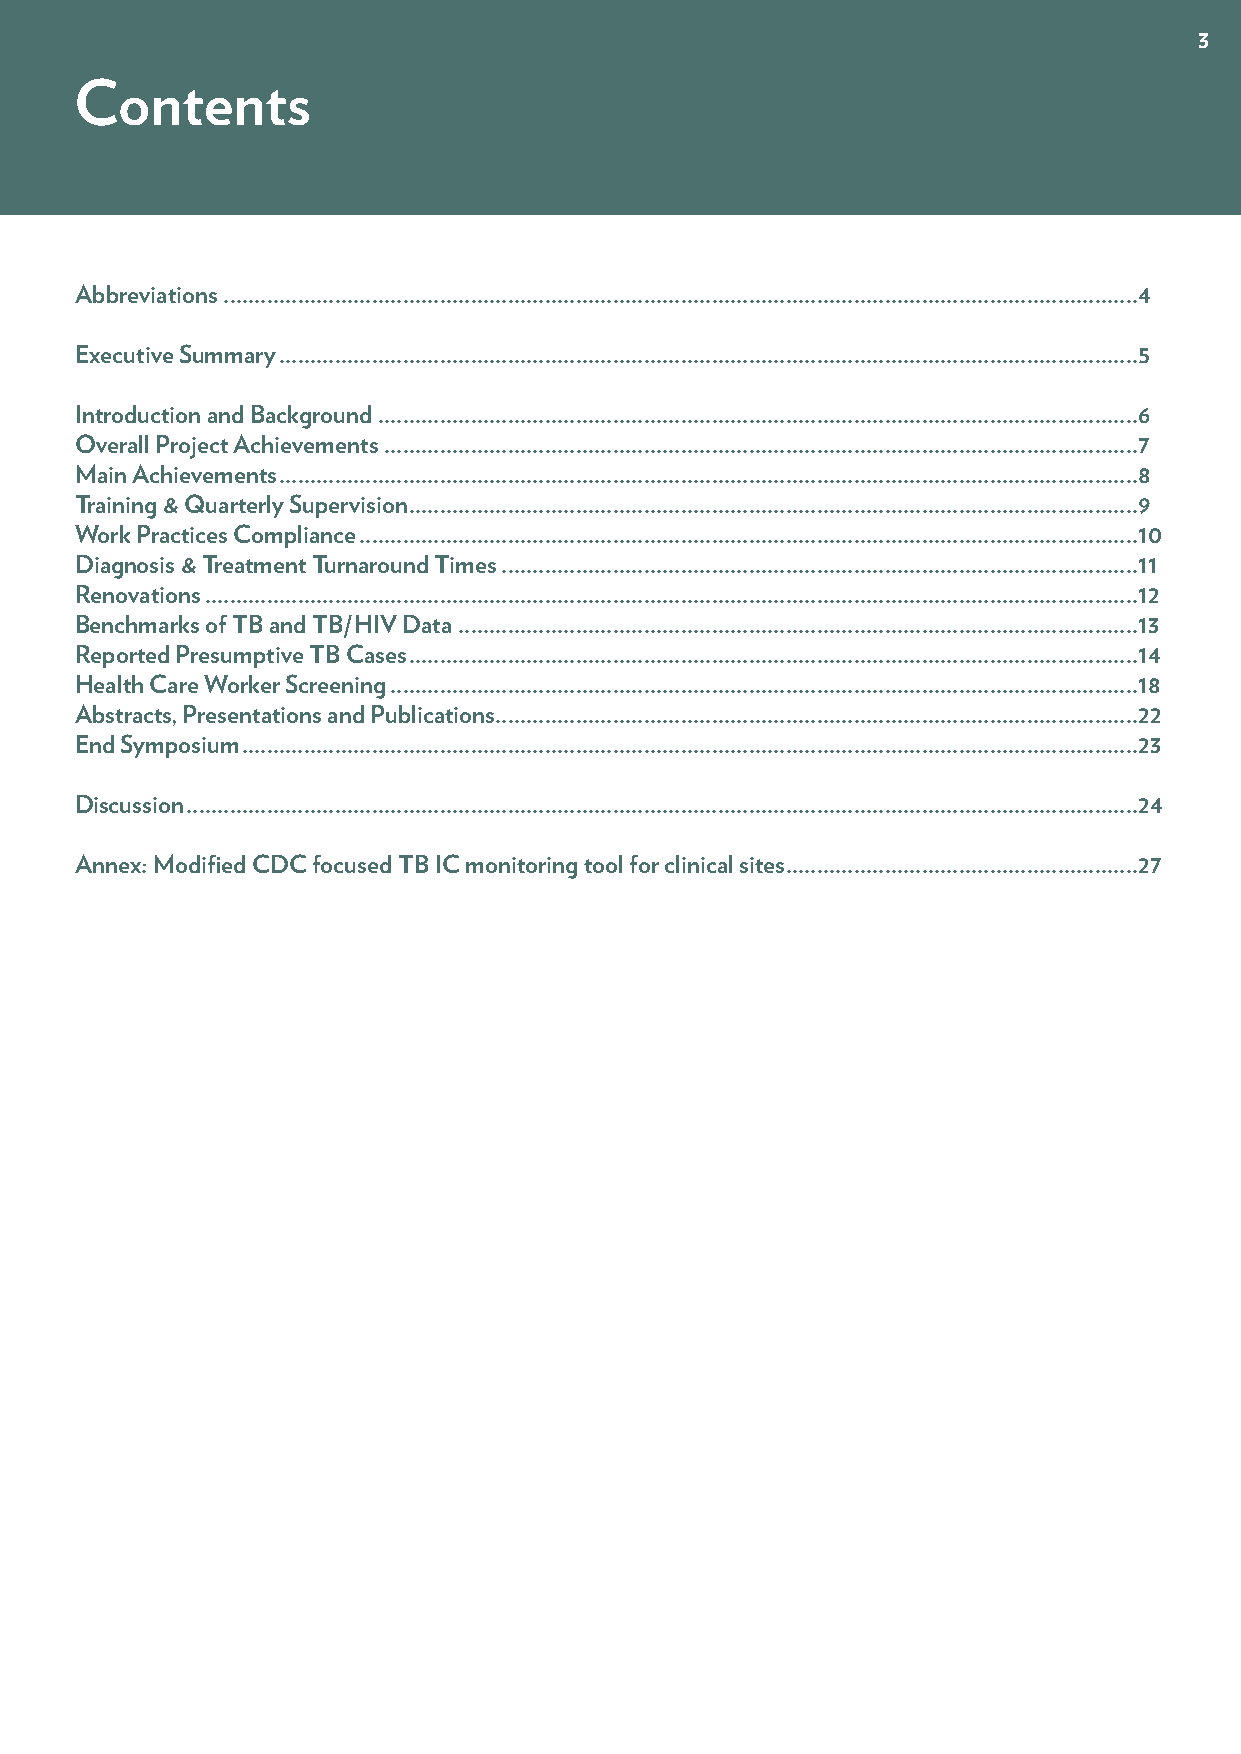
3
 Contents
 Abbreviations ....................................................................................................................................................4
 Executive Summary ...........................................................................................................................................5
 Introduction and Background ...........................................................................................................................6
 Overall Project Achievements ..........................................................................................................................7
 Main Achievements ...........................................................................................................................................8
 Training & Quarterly Supervision ......................................................................................................................9
 Work Practices Compliance ..............................................................................................................................10
 Diagnosis & Treatment Turnaround Times .......................................................................................................11
 Renovations .......................................................................................................................................................12
 Benchmarks of TB and TB/HIV Data ..............................................................................................................13
 Reported Presumptive TB Cases ......................................................................................................................14
 Health Care Worker Screening .........................................................................................................................18
 Abstracts, Presentations and Publications ........................................................................................................22
 End Symposium .................................................................................................................................................23
 Discussion ..........................................................................................................................................................24
 Annex: Modified CDC focused TB IC monitoring tool for clinical sites .........................................................27